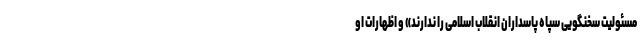
مسئولیت سخنگویی سپاه پاسداران انقلاب اسلامی را ندارند» و اظهارات او